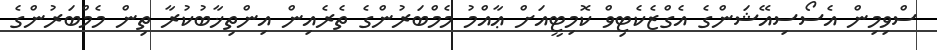
ސްވިމިން އެސޯސިއޭޝަންގެ އެގްޒެކެޓިވް ކޮމިޓީއަށް ޢާއްމު މެމްބަރުންގެ ތެރެއިން އިންތިޚާބުކުރާ ތިން މެމްބަރުންގެ